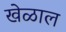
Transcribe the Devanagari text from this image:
खेळाल